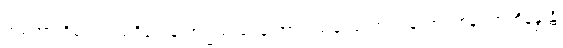
အမတာဘိသေကသဒိသေန ဗြဟ္မဿရေန ဘာသမာနဿ ဘဂဝတော ဝစနံ။ အဘိနန္ဒုန္တိ